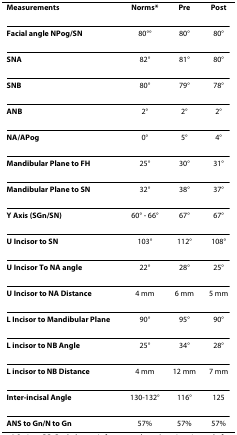
<table><thead><tr><td><b>Measurements</b></td><td><b>Norms*</b></td><td><b>Pre</b></td><td><b>Post</b></td></tr></thead><tbody><tr><td><b>Facial angle NPog/SN</b></td><td>80°°</td><td>80°</td><td>80°</td></tr><tr><td><b>SNA</b></td><td>82°</td><td>81°</td><td>80°</td></tr><tr><td><b>SNB</b></td><td>80°</td><td>79°</td><td>78°</td></tr><tr><td><b>ANB</b></td><td>2°</td><td>2°</td><td>2°</td></tr><tr><td><b>NA/APog</b></td><td>0°</td><td>5°</td><td>4°</td></tr><tr><td><b>Mandibular Plane to FH</b></td><td>25°</td><td>30°</td><td>31°</td></tr><tr><td><b>Mandibular Plane to SN</b></td><td>32°</td><td>38°</td><td>37°</td></tr><tr><td><b>Y Axis (SGn/SN)</b></td><td>60° - 66°</td><td>67°</td><td>67°</td></tr><tr><td><b>U Incisor to SN</b></td><td>103°</td><td>112°</td><td>108°</td></tr><tr><td><b>U Incisor To NA angle</b></td><td>22°</td><td>28°</td><td>25°</td></tr><tr><td><b>U Incisor to NA Distance</b></td><td>4 mm</td><td>6 mm</td><td>5 mm</td></tr><tr><td><b>L Incisor to Mandibular Plane</b></td><td>90°</td><td>95°</td><td>90°</td></tr><tr><td><b>L incisor to NB Angle</b></td><td>25°</td><td>34°</td><td>28°</td></tr><tr><td><b>L incisor to NB Distance</b></td><td>4 mm</td><td>12 mm</td><td>7 mm</td></tr><tr><td><b>Inter-incisal Angle</b></td><td>130-132°</td><td>116°</td><td>125</td></tr><tr><td><b>ANS to Gn/N to Gn</b></td><td>57%</td><td>57%</td><td>57%</td></tr></tbody></table>